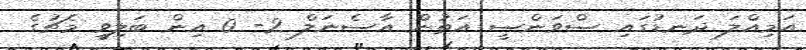
އަމިއްލަ ދަނޑުގައި ސްވަންސީ އަތުން އާސެނަލް 2- 0 އިން ބަލިވީ މެޗުގެ